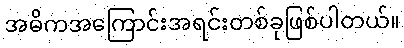
အဓိကအကြောင်းအရင်းတစ်ခုဖြစ်ပါတယ်။